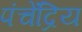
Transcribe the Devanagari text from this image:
पंचेंद्रिय